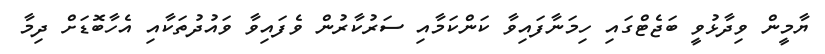
ޔާމީން ވިދާޅުވީ ބަޖެޓްގައި ހިމަނާފައިވާ ކަންކަމާއި ސަރުކާރުން ވެފައިވާ ވައުދުތަކާއި އެހާބޮޑަށް ދިމާ